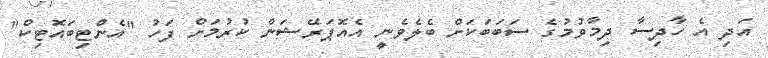
އަދި އެ ހާދިސާ ދިމާވުމުގެ ސަބަބަކަށް ބެލެވެނީ އެއޮަޕަރޭޝަން ކުރުމަށް ފަހު "އެންޓިބައޮޓިކް"